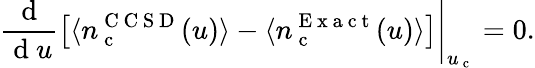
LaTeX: \left.\frac{\mathrm{~d~}}{\mathrm{~d~}u}\left\lbrack\langle n_{\mathrm{~c~}}^{\mathrm{~C~C~S~D~}}(u)\rangle-\langle n_{\mathrm{~c~}}^{\mathrm{~E~x~a~c~t~}}(u)\rangle\right\rbrack\right\vert_{u_{\mathrm{~c~}}}=0.